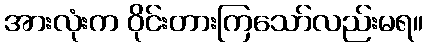
အားလုံးက ဝိုင်းတားကြသော်လည်းမရ။